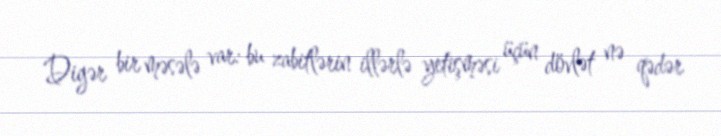
Digər bir məsələ var: bu zabitlərin illərlə yetişməsi üçün dövlət nə qədər